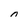
Character: n